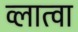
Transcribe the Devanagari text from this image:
व्लात्वा